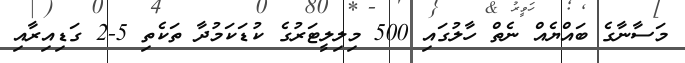
މަސާނާގެ ބައްޔެއް ނެތް ހާލުގައި 500 މިލިލީޓަރުގެ ކުޑަކަމުދާ ތަކެތި 5-2 ގަޑިއިރާއި